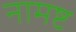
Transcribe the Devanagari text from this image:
नामष्ट